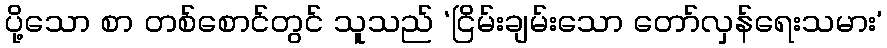
ပို့သော စာ တစ်စောင်တွင် သူသည် ‘ငြိမ်းချမ်းသော တော်လှန်ရေးသမား’